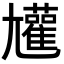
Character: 𡰝